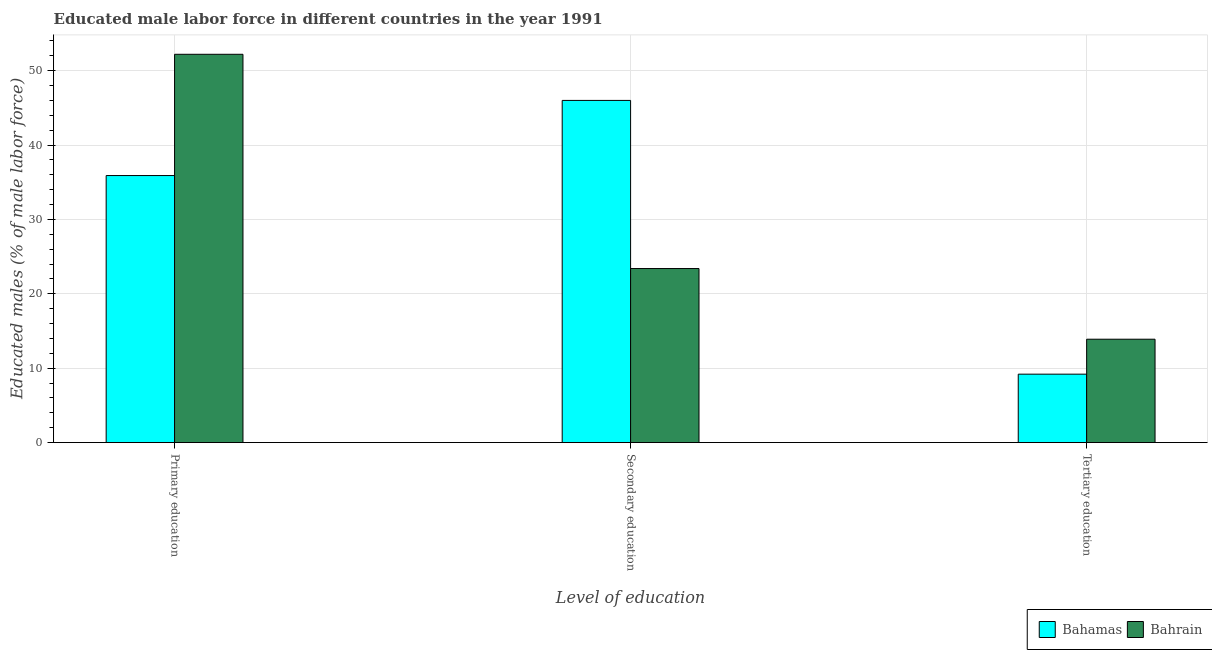
| Level of education | Bahamas | Bahrain |
 | --- | --- | --- |
 | Primary education | 35.9 | 52.2 |
 | Secondary education | 46 | 23.4 |
 | Tertiary education | 9.2 | 13.9 |